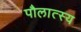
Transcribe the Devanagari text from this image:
पौलात्स्य